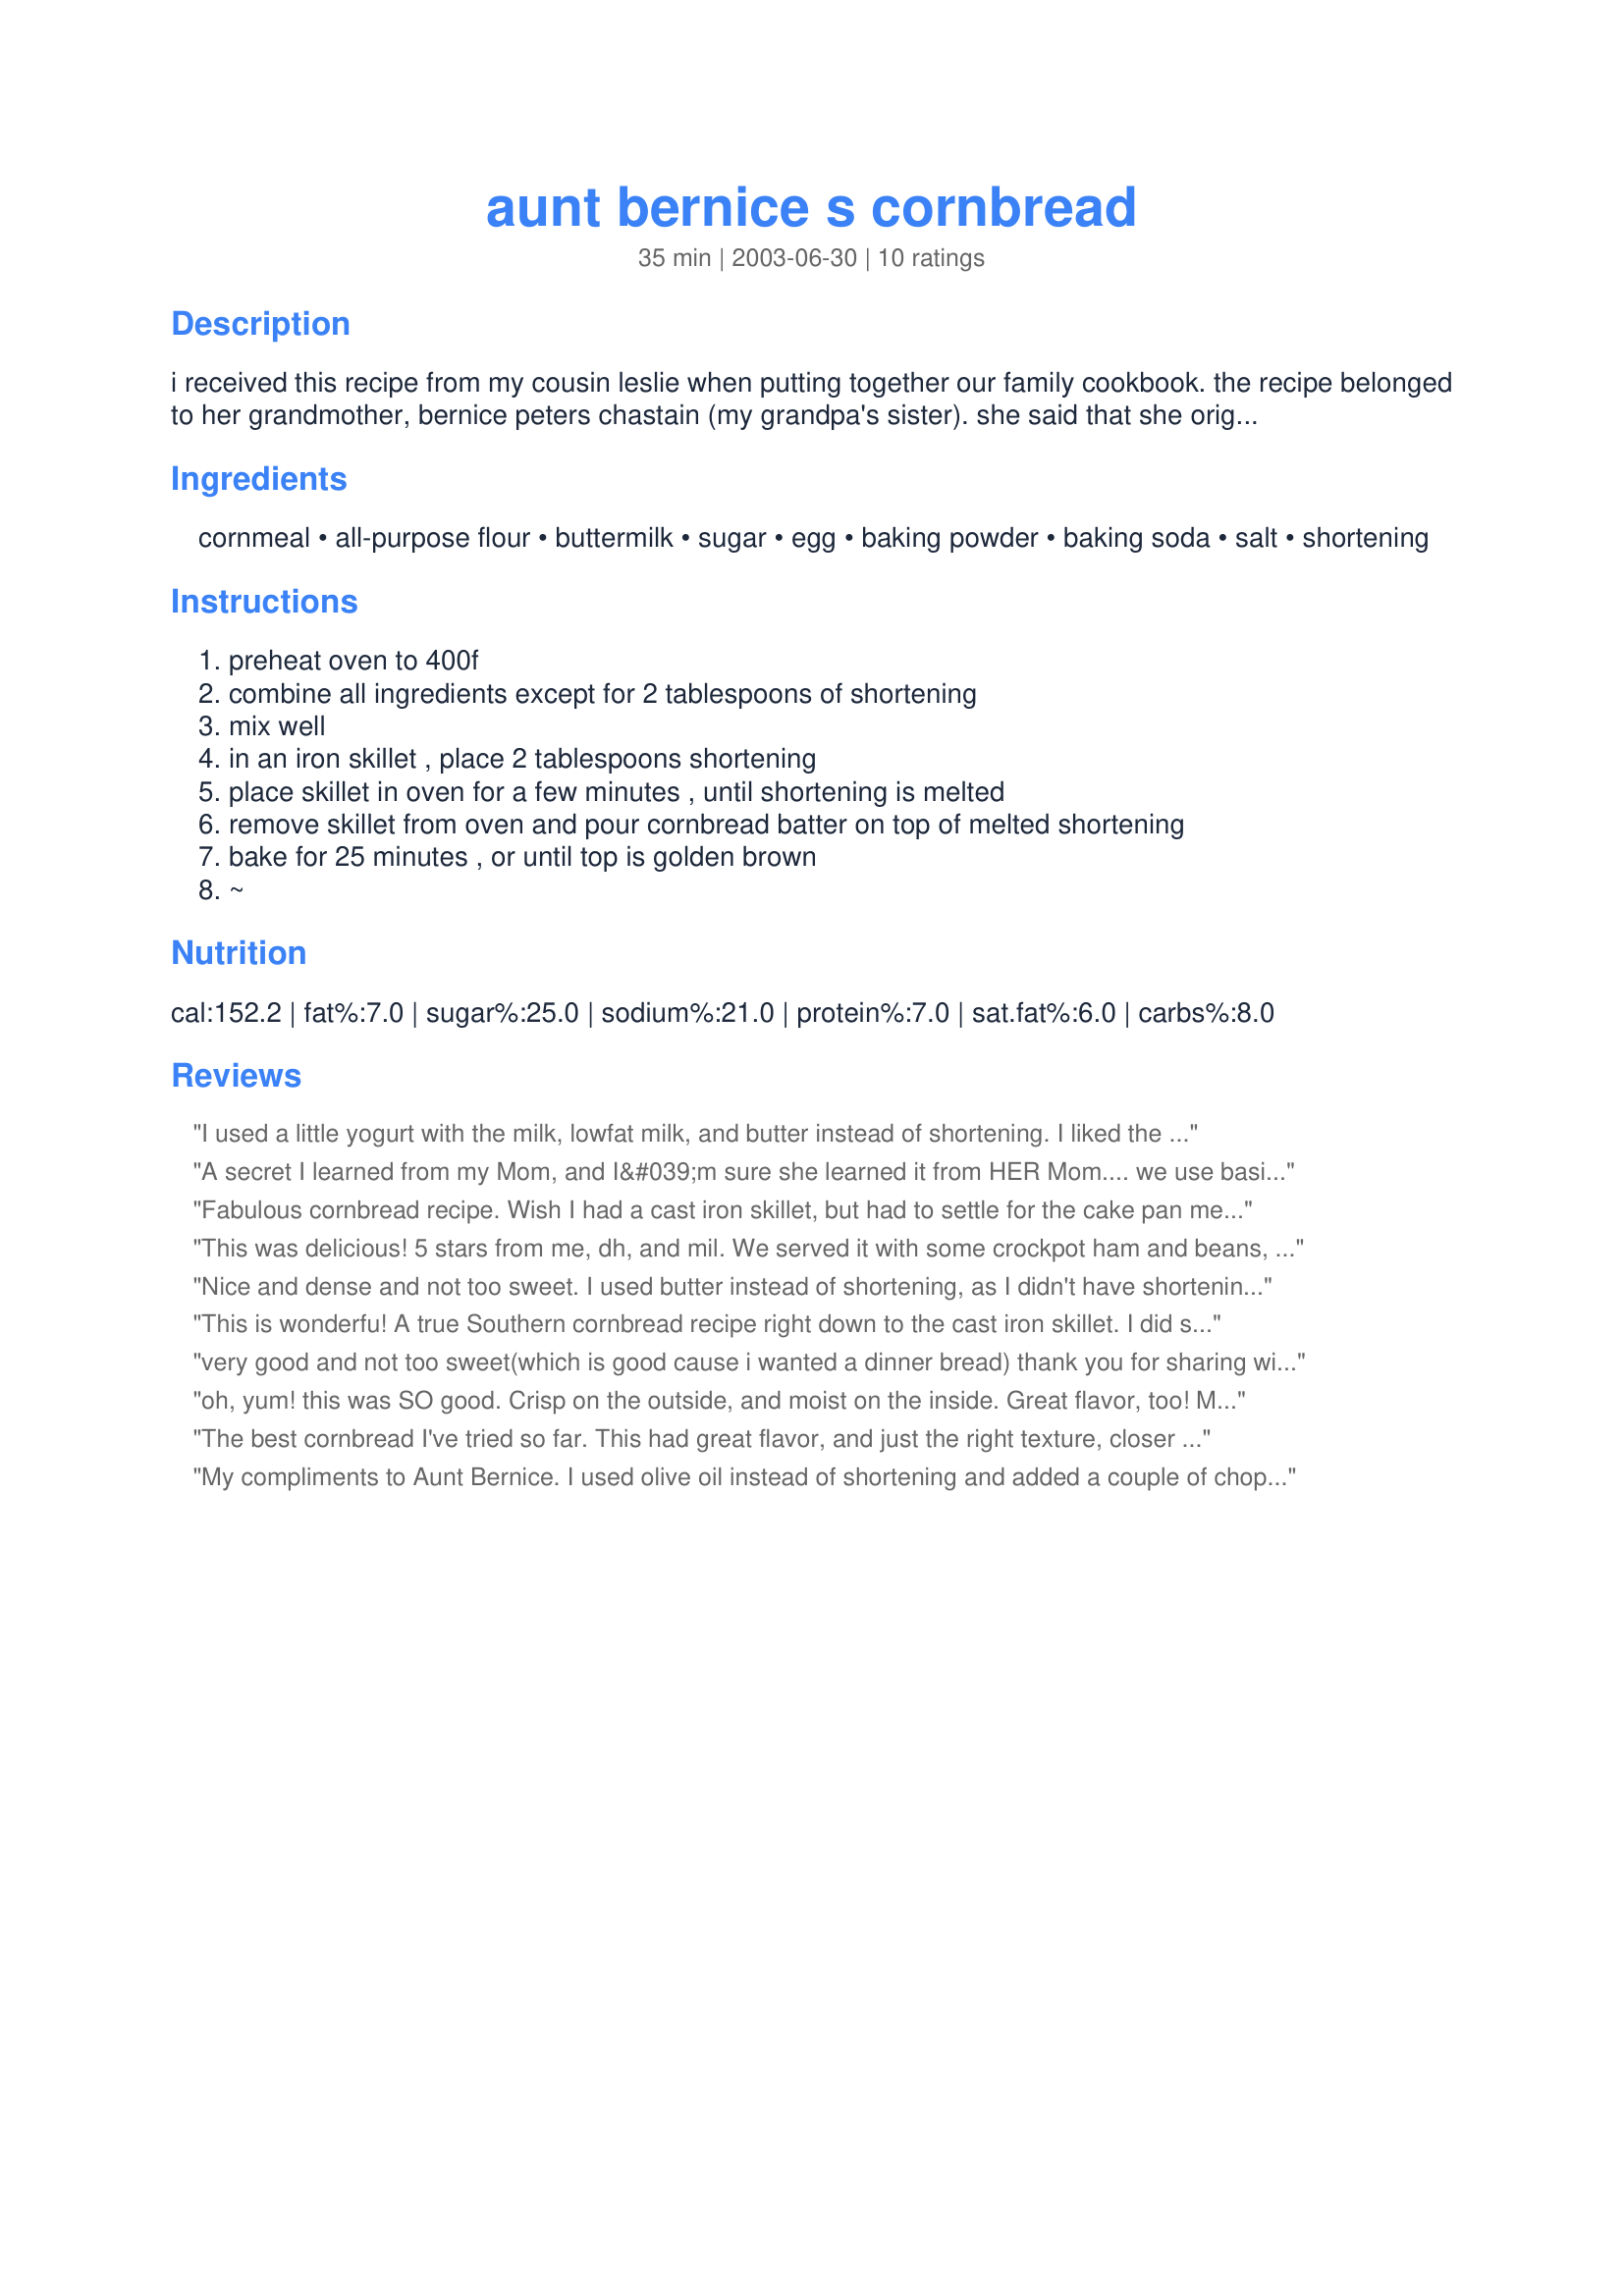
aunt bernice s cornbread
Preparation time: 35 minutes

i received this recipe from my cousin leslie when putting together our family cookbook. the recipe belonged to her grandmother, bernice peters chastain (my grandpa's sister). she said that she originally used white cornmeal, but her family always thought it looked

Ingredients:
cornmeal, all-purpose flour, buttermilk, sugar, egg, baking powder, baking soda, salt, shortening

Steps:
preheat oven to 400f, combine all ingredients except for 2 tablespoons of shortening, mix well, in an iron skillet , place 2 tablespoons shortening, place skillet in oven for a few minutes , until shortening is melted, remove skillet from oven and pour cornbread batter on top of melted shortening, bake for 25 minutes , or until top is golden brown, ~

Reviews:
I used a little yogurt with the milk, lowfat milk, and butter instead of shortening. I liked the fact that there was a lot more cornmeal to normal flour. Came out nice and moist but dried out a little in the fridge.
A secret I learned from my Mom, and I&#039;m sure she learned it from HER Mom.... we use basically this same recipe, but we melt about 4 tablespoons of shortening in the skillet in the oven. When it&#039;s melted and hot, we pour most of it into the batter and mix it up in the batter. Then pour the batter back in the pan and bake. Makes the edges really crunchy, and the texture not quite so crumbly.
Fabulous cornbread recipe. Wish I had a cast iron skillet, but had to settle for the cake pan method. It was still great. It is very hard to find a good cornbread recipe. I won't have to look anymore. Thanks for posting!
This was delicious! 5 stars from me, dh, and mil. We served it with some crockpot ham and beans, and it was a feast. I used butter flavored Crisco in my cast iron skillet. Thank you Kim
Nice and dense and not too sweet. I used butter instead of shortening, as I didn't have shortening on hand. Maybe a little dry ... perhaps I overcooked it. I only cooked it for 20 minutes but maybe I had my oven a little high? Will definitely use this recipe again.
This is wonderfu! A true Southern cornbread recipe right down to the cast iron skillet. I did substitute bacon drippings for the shortning though, and let the fat get really hot before pouring in the cornbread so the bottom would come out crispy (the way we like it). The bread itself was light and oh so tasty, and not too crumbly. With some honey on the side......we were in heaven. Thanks Kim for sharing your Aunt's recipe.
very good and not too sweet(which is good cause i wanted a dinner bread) thank you for sharing with us!
oh, yum! this was SO good. Crisp on the outside, and moist on the inside. Great flavor, too! My grandmother was absolutely tickled to see me using her cast iron, which she got from HER mil.
The best cornbread I've tried so far. This had great flavor, and just the right texture, closer to a cake than to a dense, crumbly consistency. I used butter in a cast iron skillet. The cornbread froze well, too.
My compliments to Aunt Bernice. I used olive oil instead of shortening and added a couple of chopped chipotle chiles and a tsp of adobo sauce since I wanted the cornbread to perk up the rest of the meal a little.
